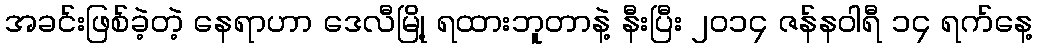
အခင်းဖြစ်ခဲ့တဲ့ နေရာဟာ ဒေလီမြို့ ရထားဘူတာနဲ့ နီးပြီး ၂၀၁၄ ဇန်နဝါရီ ၁၄ ရက်နေ့